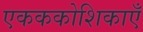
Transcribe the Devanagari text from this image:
एकककोशिकाएँ